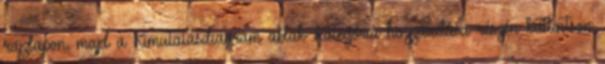
rajzlapon, majd a Kimutatásdiagram ablak Kategória hozzáadása részén kattintson